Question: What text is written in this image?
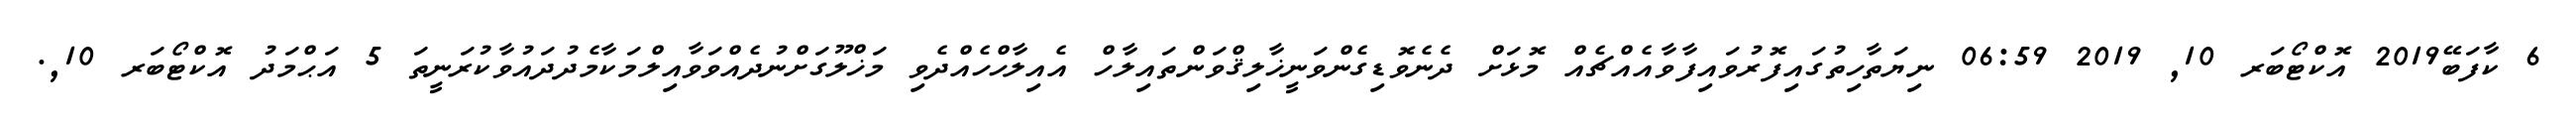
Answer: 6 ކާފަބޭ2019 އޮކްޓޯބަރ 10, 2019 06:59 ނިޔަތާހިތުގައިފޮރުވައިފާވާއެއްޗެއް މޮޅަށް ދެނެވޮޑިގެންވަނީޚާލިޤްވަންތައިލާހް އެއިލާހްހެއްދެވި މަޚްލޫގަށްނުދެއްވަވާއިލްމަކާމެދުދައުވާކުރަނީތަ 5 އަޙްމަދު އޮކްޓޯބަރ 10,.